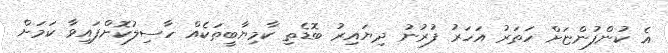
އެ ކުންފުންޏަށް ހަތަރު އަހަރު ފުރުނު ދިޔައިރު ބޮޑެތި ކާމިޔާބީތަކެއް ހާސިލުކޮށްފައިވާ ކަމަށް